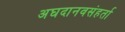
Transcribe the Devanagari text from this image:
अघदानवसंहर्ता